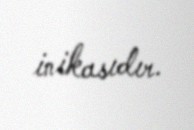
inikasıdır.